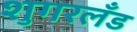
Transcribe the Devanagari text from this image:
शुगरलँड